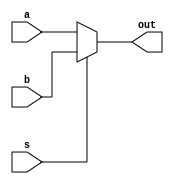
//This is for the 2:1 mux module.

module two_to_one_mux_dataflow_module (a, b, s, out);
	input a, b;
	input s;	
	output out;
	
	assign out = (s == 1'b0)?a:b;

endmodule